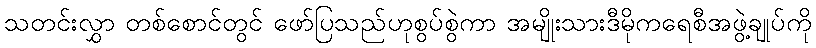
သတင်းလွှာ တစ်စောင်တွင် ဖော်ပြသည်ဟုစွပ်စွဲကာ အမျိုးသားဒီမိုကရေစီအဖွဲ့ချုပ်ကို